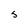
Character: s